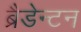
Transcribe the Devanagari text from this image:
ब्रैडेन्टन